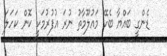
ޑެންގީ ބައްޔާ ބެހޭ މައުލޫމާތު ނުރަ އުފުރުމަކީ ކޮން ކަހަލަ